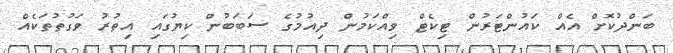
ބަންދުކޮށް އެއް ކައުންޓަރުން ޓިކެޓް ވިއްކަމުން ދިއުމުގެ ސަބަބުން ކިޔުގައި އިތުރު ވަގުތުތަކެއް